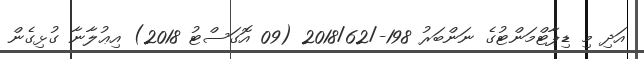
އަދި މި ޑިޕާޓްމަންޓުގެ ނަންބަރު 198-/2018/62 (09 އޮގަސްޓު 2018) އިޢުލާނާ ގުޅިގެން